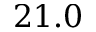
2 1 . 0